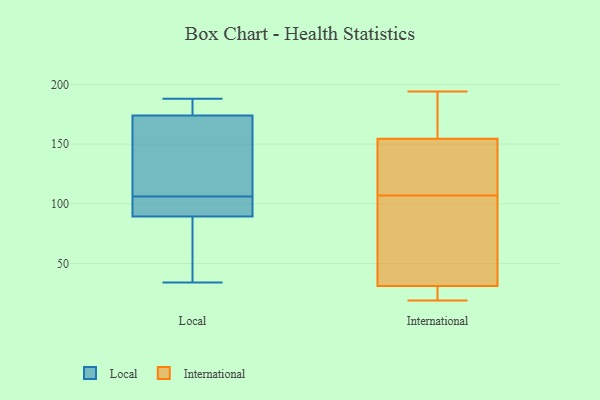
{"axis": {"x": "Net Income (USD K)", "y": "Value"}, "legend": ["International", "Local"], "data": [{"x": "", "y": 102, "type": "Local"}, {"x": "", "y": 158, "type": "Local"}, {"x": "", "y": 174, "type": "Local"}, {"x": "", "y": 100, "type": "Local"}, {"x": "", "y": 138, "type": "Local"}, {"x": "", "y": 113, "type": "Local"}, {"x": "", "y": 91, "type": "Local"}, {"x": "", "y": 182, "type": "Local"}, {"x": "", "y": 34, "type": "Local"}, {"x": "", "y": 84, "type": "Local"}, {"x": "", "y": 106, "type": "Local"}, {"x": "", "y": 188, "type": "Local"}, {"x": "", "y": 104, "type": "Local"}, {"x": "", "y": 54, "type": "Local"}, {"x": "", "y": 38, "type": "Local"}, {"x": "", "y": 174, "type": "Local"}, {"x": "", "y": 183, "type": "Local"}, {"x": "", "y": 139, "type": "International"}, {"x": "", "y": 114, "type": "International"}, {"x": "", "y": 170, "type": "International"}, {"x": "", "y": 175, "type": "International"}, {"x": "", "y": 36, "type": "International"}, {"x": "", "y": 19, "type": "International"}, {"x": "", "y": 25, "type": "International"}, {"x": "", "y": 27, "type": "International"}, {"x": "", "y": 121, "type": "International"}, {"x": "", "y": 35, "type": "International"}, {"x": "", "y": 100, "type": "International"}, {"x": "", "y": 194, "type": "International"}]}